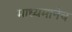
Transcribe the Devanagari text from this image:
माध्यमानेच